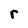
Character: r